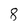
Character: 8